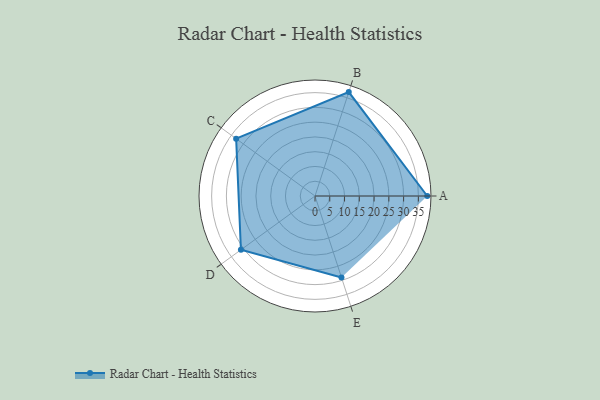
{"axis": {"x": "Skill", "y": "Score"}, "legend": ["Profile"], "data": [{"x": "A", "y": 38.0, "type": "Profile"}, {"x": "B", "y": 37.0, "type": "Profile"}, {"x": "C", "y": 33.0, "type": "Profile"}, {"x": "D", "y": 31.0, "type": "Profile"}, {"x": "E", "y": 29.0, "type": "Profile"}]}